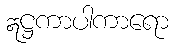
ဣဋ္ဌကာပါကာရော